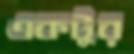
একটুর